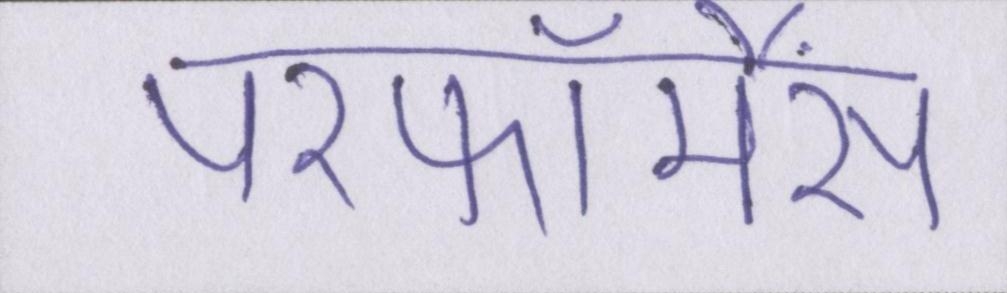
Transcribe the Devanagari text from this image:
परफॉर्मेंस